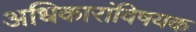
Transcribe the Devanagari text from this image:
अधिकारांविषयक